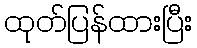
ထုတ်ပြန်ထားပြီး